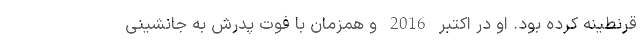
قرنطینه کرده بود. او در اکتبر 2016 و همزمان با فوت پدرش به جانشینی